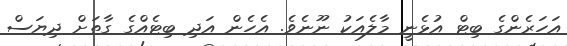
އަހަރެންގެ ބިޓް އުޅެނީ މާލެއަކު ނޫނެވެ. އެހެން އަދި ބިޓެއްގެ ގާތަށް ދިޔަސް